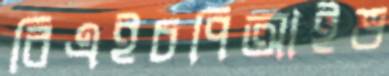
বিএইচপিআইভ